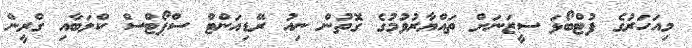
މިއަހަރުގެ ފުޓްބޯޅަ ސީޒަނަށް ތައްޔާރުވުމުގެ ގޮތުން ނިއު ރޭޑިއަންޓް ސްޕޯޓްސް ކްލަބާއި ގްރީން